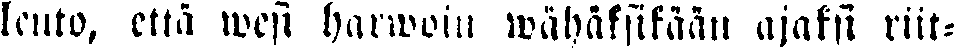
leuto, että wesi harwoin wähäksikään ajaksi riit-